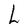
Character: L